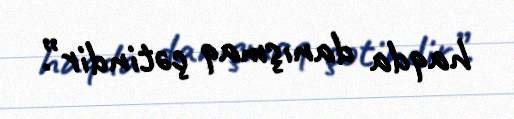
haqda danışmaq çətindir”.